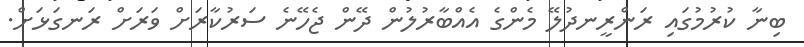
ބިނާ ކުރުމުގައި ރަންރީނދުލޭ މެންގެ އެއްބާރުލުން ދޭން ޖެހޭނެ ސަރުކާރަށް ވަރަށް ރަނގަޅަށް.